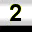
Digit: 2